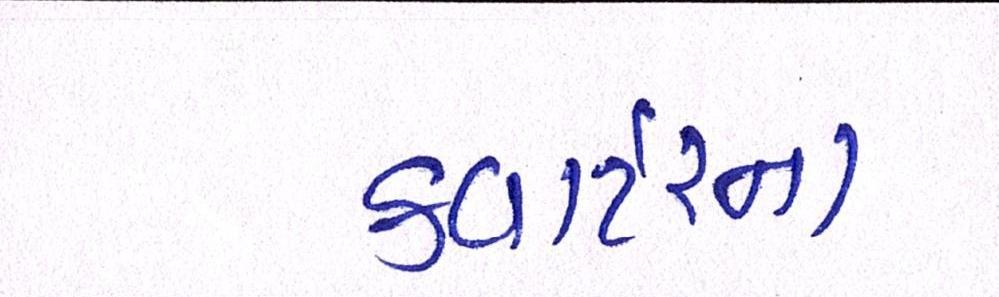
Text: કવાર્ટરના